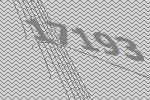
17193